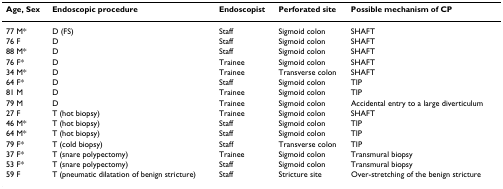
<table><thead><tr><td><b>Age, Sex</b></td><td><b>Endoscopic procedure</b></td><td><b>Endoscopist</b></td><td><b>Perforated site</b></td><td><b>Possible mechanism of CP</b></td></tr></thead><tbody><tr><td>77 M*</td><td>D (FS)</td><td>Staff</td><td>Sigmoid colon</td><td>SHAFT</td></tr><tr><td>76 F</td><td>D</td><td>Staff</td><td>Sigmoid colon</td><td>SHAFT</td></tr><tr><td>88 M*</td><td>D</td><td>Staff</td><td>Sigmoid colon</td><td>SHAFT</td></tr><tr><td>76 F*</td><td>D</td><td>Trainee</td><td>Sigmoid colon</td><td>SHAFT</td></tr><tr><td>34 M*</td><td>D</td><td>Trainee</td><td>Transverse colon</td><td>SHAFT</td></tr><tr><td>64 F*</td><td>D</td><td>Staff</td><td>Sigmoid colon</td><td>TIP</td></tr><tr><td>81 M</td><td>D</td><td>Trainee</td><td>Sigmoid colon</td><td>TIP</td></tr><tr><td>79 M</td><td>D</td><td>Trainee</td><td>Sigmoid colon</td><td>Accidental entry to a large diverticulum</td></tr><tr><td>27 F</td><td>T (hot biopsy)</td><td>Trainee</td><td>Sigmoid colon</td><td>SHAFT</td></tr><tr><td>46 M*</td><td>T (hot biopsy)</td><td>Staff</td><td>Sigmoid colon</td><td>TIP</td></tr><tr><td>64 M*</td><td>T (hot biopsy)</td><td>Staff</td><td>Sigmoid colon</td><td>TIP</td></tr><tr><td>79 F*</td><td>T (cold biopsy)</td><td>Staff</td><td>Transverse colon</td><td>TIP</td></tr><tr><td>37 F*</td><td>T (snare polypectomy)</td><td>Trainee</td><td>Sigmoid colon</td><td>Transmural biopsy</td></tr><tr><td>53 F*</td><td>T (snare polypectomy)</td><td>Staff</td><td>Sigmoid colon</td><td>Transmural biopsy</td></tr><tr><td>59 F</td><td>T (pneumatic dilatation of benign stricture)</td><td>Staff</td><td>Stricture site</td><td>Over-stretching of the benign stricture</td></tr></tbody></table>